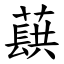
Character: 蕻